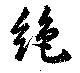
絶